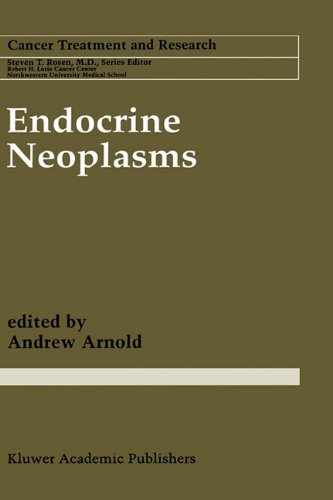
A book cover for Endocrine Neoplasms (Cancer Treatment and Research); Medical Books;